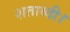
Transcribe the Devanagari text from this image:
शताब्दी।